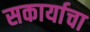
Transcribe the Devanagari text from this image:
सकार्याचा